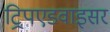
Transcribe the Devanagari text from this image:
ट्रिपएडवाइसर